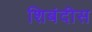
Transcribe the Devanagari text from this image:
शिबंदीस